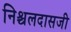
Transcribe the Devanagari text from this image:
निश्चलदासजी